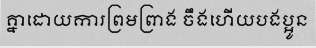
គ្នាដោយការព្រមព្រាង ចឹងហើយបងប្អូន